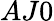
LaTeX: AJ0